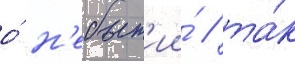
о́ н'ебыт'ии́ / та́к